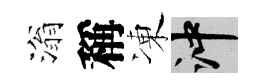
滃稱凍冲